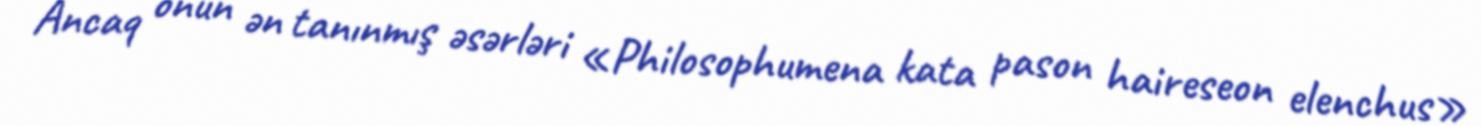
Ancaq onun ən tanınmış əsərləri «Philosophumena kata pason haireseon elenchus»